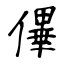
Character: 𠌫